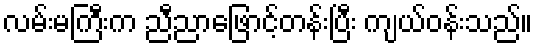
လမ်းမကြီးက ညီညာဖြောင့်တန်းပြီး ကျယ်ဝန်းသည်။